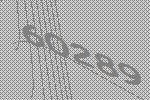
60289